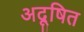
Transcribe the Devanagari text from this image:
अदूषित